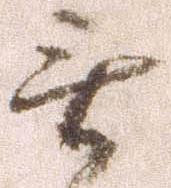
無